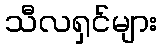
သီလရှင်များ